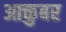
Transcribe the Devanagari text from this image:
आक्तुबर